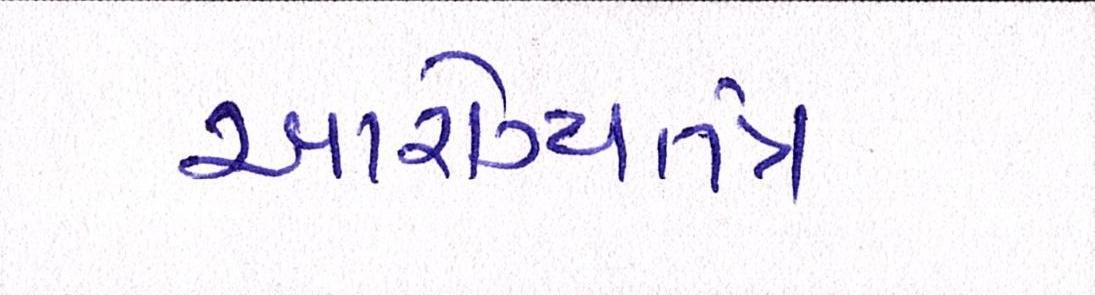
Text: આરોગ્યતંત્ર